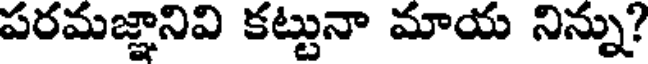
పరమజ్ఞానివి కట్టునా మాయ నిన్ను?